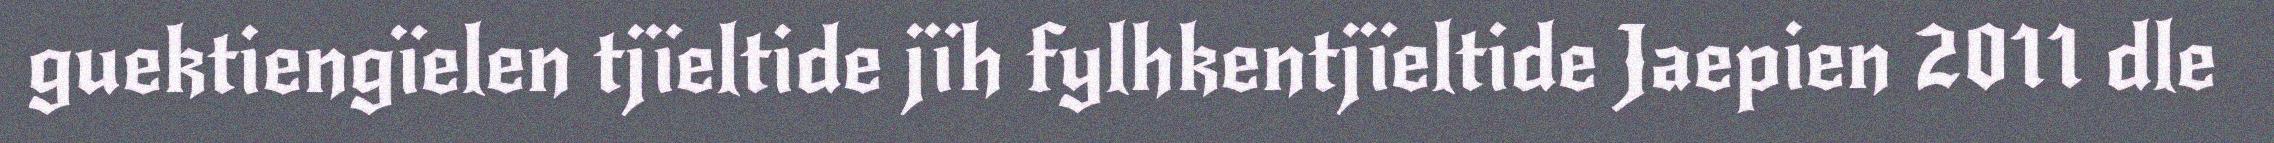
guektiengïelen tjïeltide jïh fylhkentjïeltide Jaepien 2011 dle